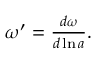
\begin{array} { r } { \omega ^ { \prime } = \frac { d \omega } { d \ln a } . } \end{array}